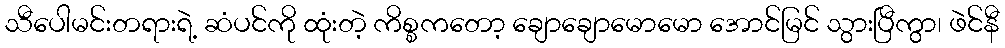
သီပေါမင်းတရားရဲ့ ဆံပင်ကို ထုံးတဲ့ ကိစ္စကတော့ ချောချောမောမော အောင်မြင် သွားပြီကွာ၊ ဖဲင်နီ